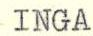
INGA